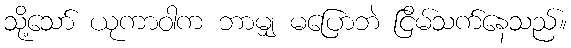
သို့သော် ယုကာဝါက ဘာမျှ မပြောဘဲ ငြိမ်သက်နေသည်။